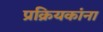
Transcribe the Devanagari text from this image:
प्रक्रियकांना